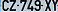
GZ-749XY